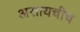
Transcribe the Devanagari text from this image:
असायचीच